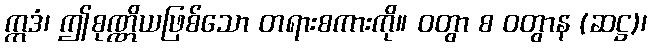
ဣဒံ၊ ဤစုဏ္ဏိယဖြစ်သော တရားစကားကို။ ဝတွာ စ ဝတွာန (ဆဋ္ဌ)၊